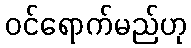
ဝင်ရောက်မည်ဟု